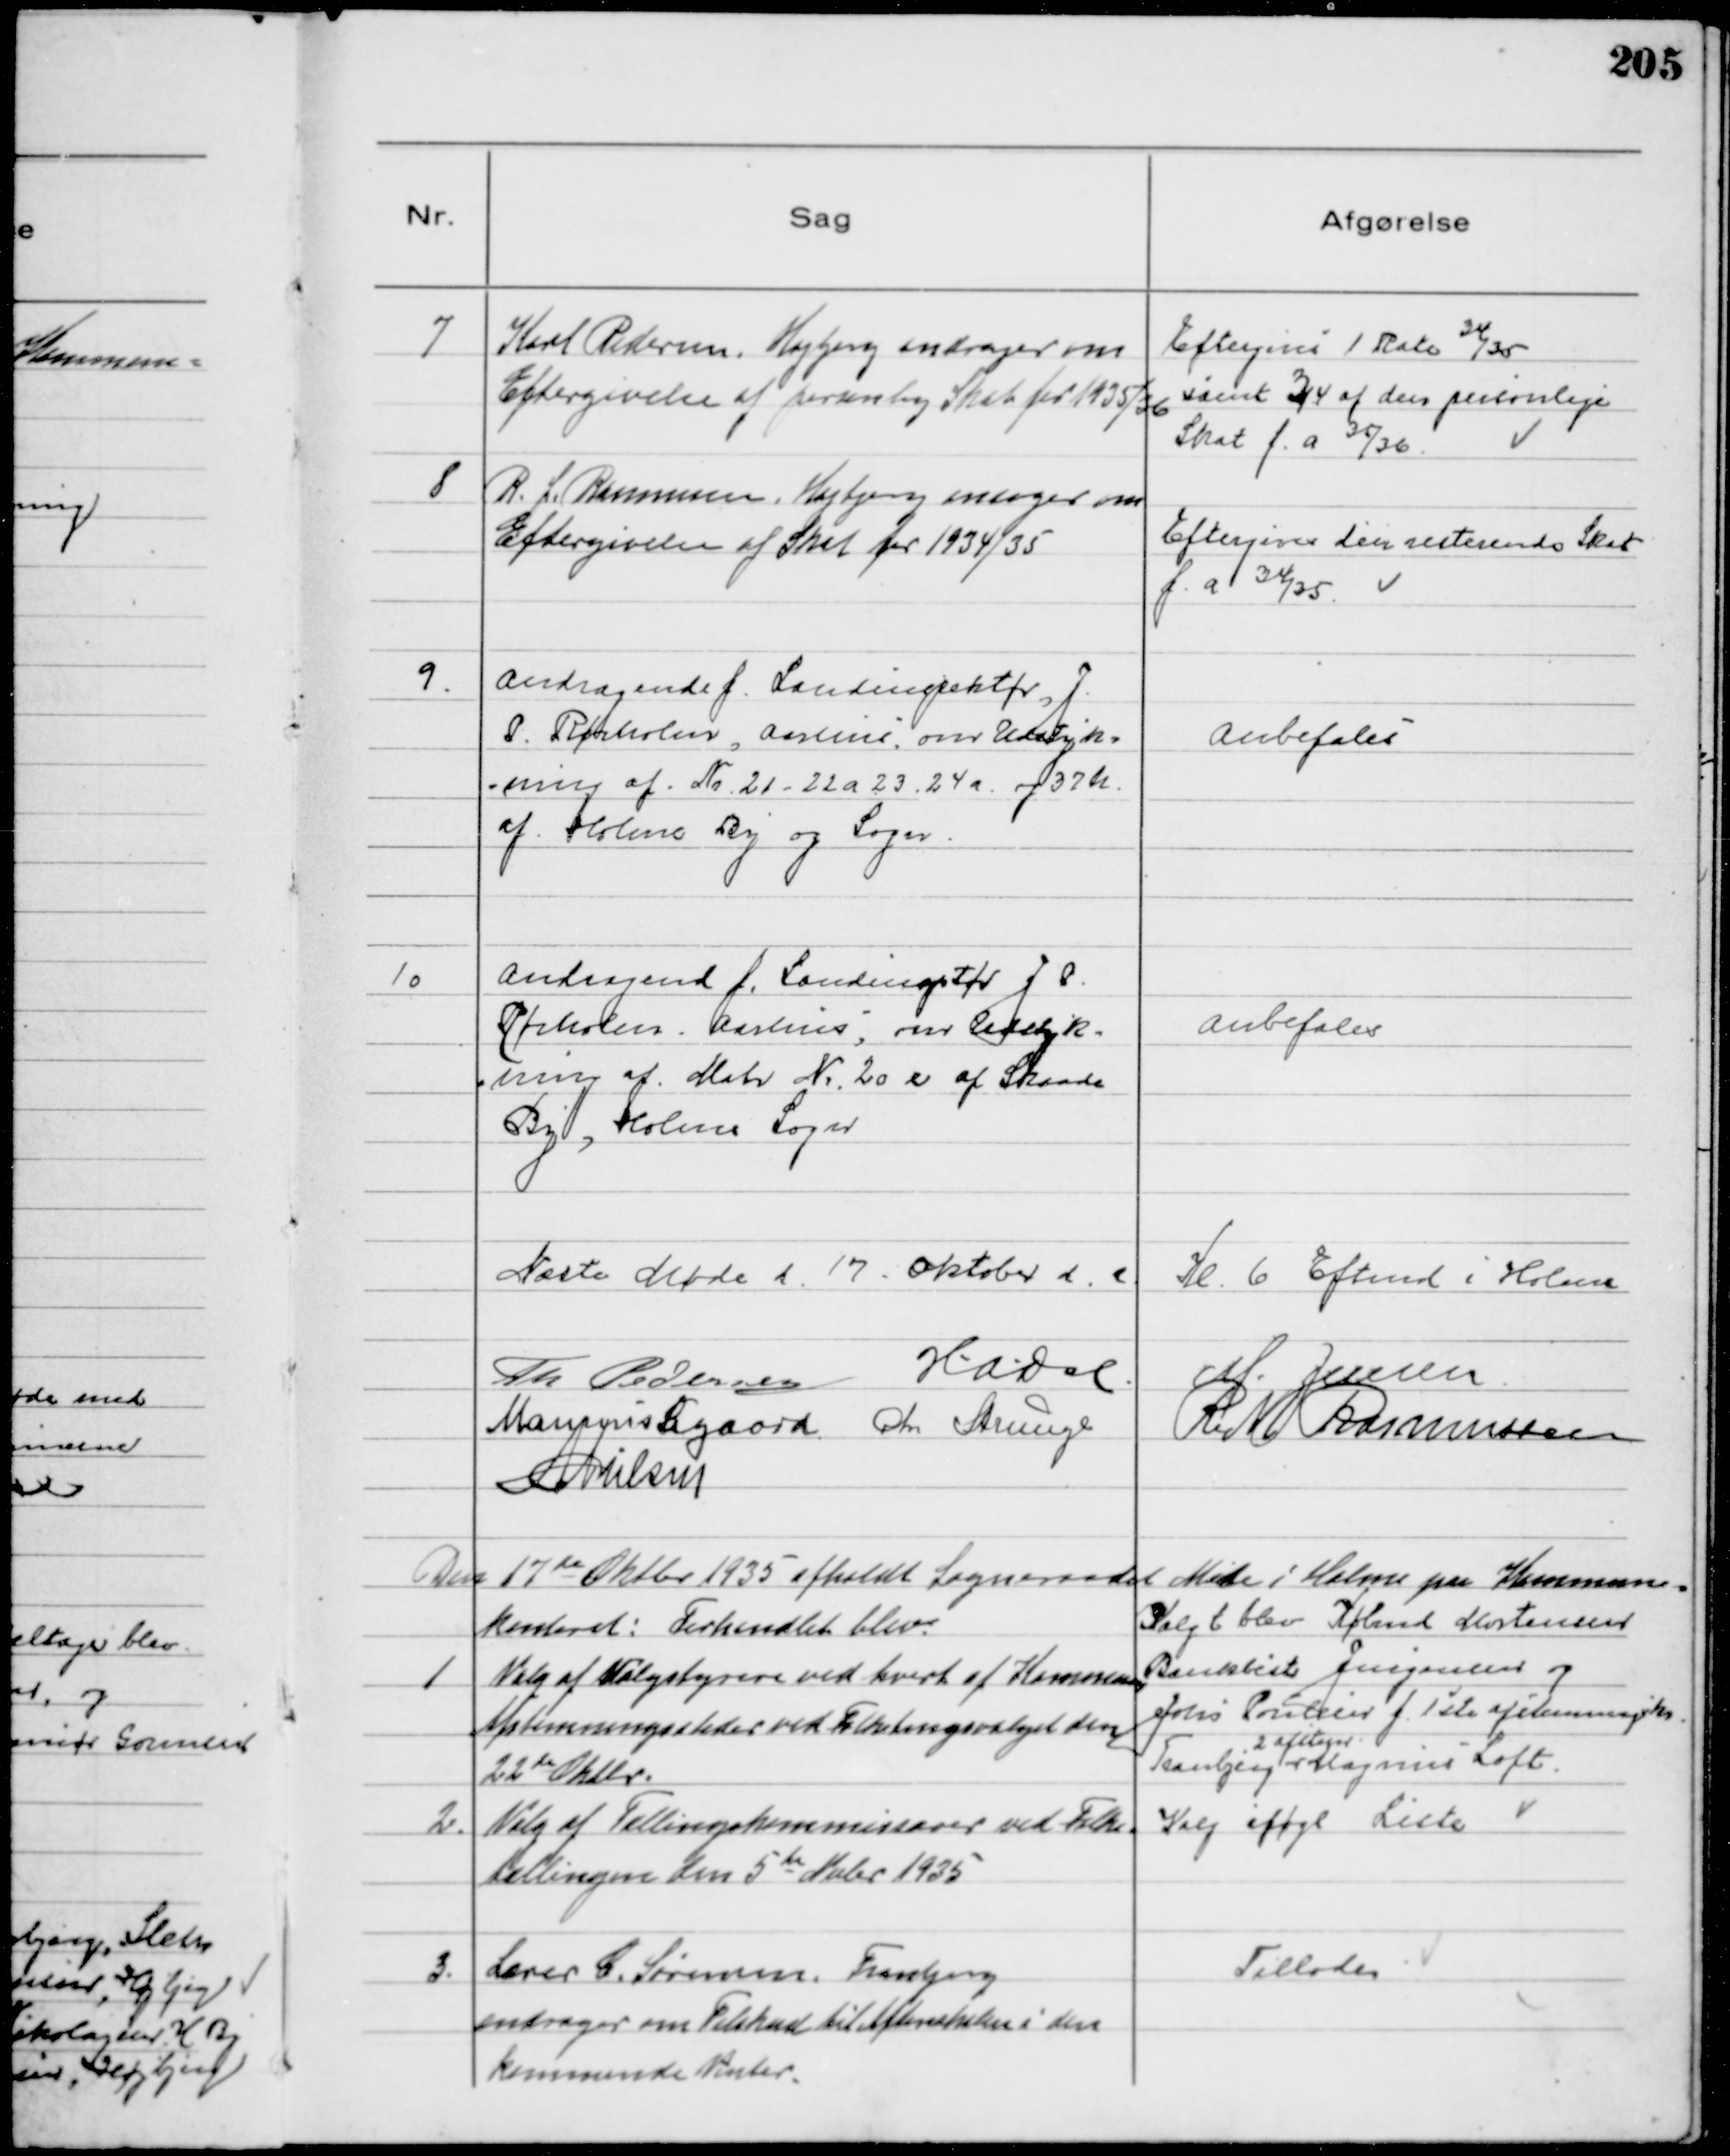
Transskription:
7
Karl Pedersen, Højbjerg andrager om
Eftergivelse af personlig Skat for 1935/36

Eftergives 1 Rate 34/35
samt ¾ af den personlige
Skat f. a. 35/36

8
R. L. Rasmussen, Højbjerg ansøger om
Eftergivelse af Skat for 1934/35

Eftergives den resterende Skat
f. a 34/35.

9.
Andragende f. Landinspektør J.
P. Rørholm, Aarhus om Udstyk=
ning af No 21 - 22a 23 .24a og 37h
af Holme By og Sogn.

Anbefales

10
Andragende f. Landinspektør J P.
Rørholm. Aarhus, om Udstyk=
ning af Matr No 20 e af Skaade
By, Holme Sogn

anbefales

Næste Møde d. 17 Oktober d. a Kl 6 Eftmd i Holme
Th Pedersen H.A.Dal M. Jensen
Marinus Sigaard Chr Strunge R M Rasmussen
M Nielsen

Den 17de Oktbr 1935 afholdt Sogneraadet Møde i Holme paa Kommune=
kontoret: Forhandlet blev:

1
Valg af Valgstyrere ved hvert af Kommunens
Afstemningssteder ved Folketingsvalget den
22de Oktbr.

Valgt blev Købmd. Mortensen
Bankbest Jurgensen og
Johs Poulsen f 1ste afstemningskr.
Tranbjerg
2 afstem
Magnus Loft.

2
Valg af Tællingskommissærer ved Folke=
tællingen den 5te Nvbr 1935

Valg iføgl Liste

3.
Lærer C. Sørensen, Tranbjerg
andrager om Tilskud til Aftenskolen i den
kommende Vinter.

Tillodes